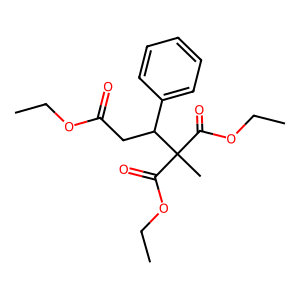
SMILES: CCOC(=O)CC(c1ccccc1)C(C)(C(=O)OCC)C(=O)OCC
Inhibits HIV replication: No